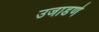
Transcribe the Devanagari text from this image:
उजाडणे